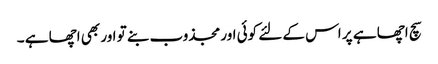
سچ اچھا ہے پر اس کے لئے کوئی اور مجذوب بنے تو اور بھی اچھا ہے ۔